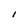
Character: I